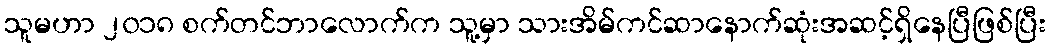
သူမဟာ ၂၀၁၈ စက်တင်ဘာလောက်က သူ့မှာ သားအိမ်ကင်ဆာနောက်ဆုံးအဆင့်ရှိနေပြီဖြစ်ပြီး